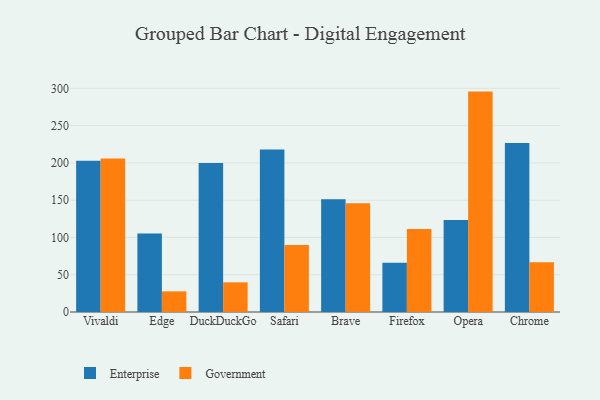
{"axis": {"x": "Browser", "y": "Churn Rate (%)"}, "legend": ["Enterprise", "Government"], "data": [{"x": "Vivaldi", "y": 202.8, "type": "Enterprise"}, {"x": "Vivaldi", "y": 206.0, "type": "Government"}, {"x": "Edge", "y": 105.3, "type": "Enterprise"}, {"x": "Edge", "y": 27.7, "type": "Government"}, {"x": "DuckDuckGo", "y": 199.9, "type": "Enterprise"}, {"x": "DuckDuckGo", "y": 39.8, "type": "Government"}, {"x": "Safari", "y": 217.9, "type": "Enterprise"}, {"x": "Safari", "y": 89.8, "type": "Government"}, {"x": "Brave", "y": 151.2, "type": "Enterprise"}, {"x": "Brave", "y": 146.0, "type": "Government"}, {"x": "Firefox", "y": 66.0, "type": "Enterprise"}, {"x": "Firefox", "y": 111.3, "type": "Government"}, {"x": "Opera", "y": 123.3, "type": "Enterprise"}, {"x": "Opera", "y": 295.7, "type": "Government"}, {"x": "Chrome", "y": 226.7, "type": "Enterprise"}, {"x": "Chrome", "y": 66.7, "type": "Government"}]}